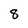
Character: 8